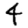
Digit: 4